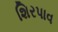
શિરપાવ